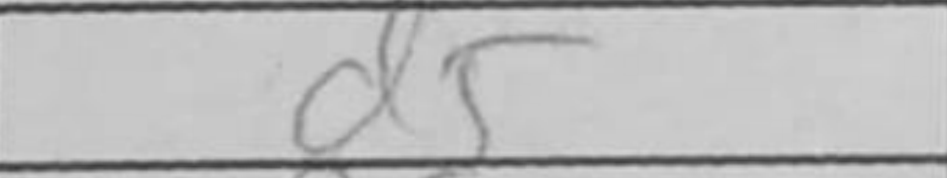
Transcription: d5